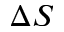
\Delta S